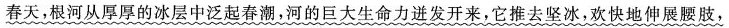
春天，根河从厚厚的冰层中泛起春潮，河的巨大生命力进发开来，它推去坚冰，欢快地伸展腰肢，